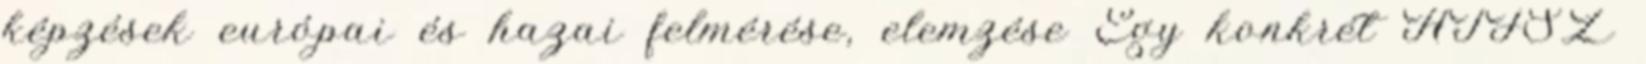
képzések európai és hazai felmérése, elemzése Egy konkrét AIFSZ